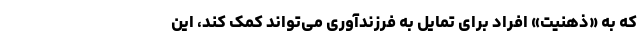
که به «ذهنیت» افراد برای تمایل به فرزندآوری می‌تواند کمک کند، این